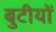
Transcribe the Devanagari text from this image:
बुटीयों